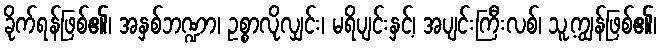
ခိုက်ရန်ဖြစ်၏၊ အနှစ်ဘဏ္ဍာ၊ ဥစ္စာလိုလျှင်း၊ မရိပျင်းနှင့်၊ အပျင်းကြီးလစ်၊ သူ့ကျွန်ဖြစ်၏၊